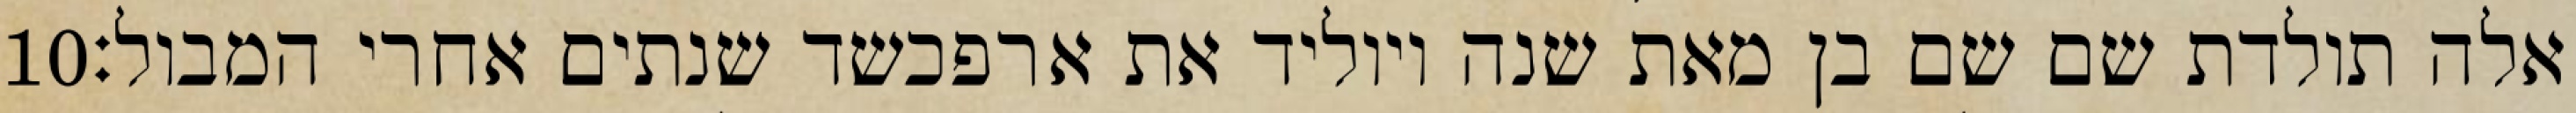
‎10‏ אלה תולדת שם שם בן מאת שנה ויוליד את ארפכשד שנתים אחרי המבול׃